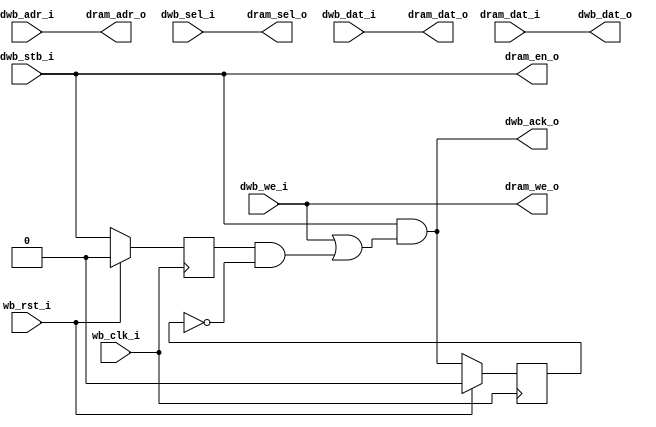
module dcache
  #(parameter AWIDTH=14,
    parameter CWIDTH=6)
    (input wb_clk_i,
     input wb_rst_i,
     
     input [AWIDTH-1:0] dwb_adr_i,
     input dwb_stb_i,
     input dwb_we_i,
     input [3:0] dwb_sel_i,
     input [31:0] dwb_dat_i,
     output [31:0] dwb_dat_o,
     output dwb_ack_o,
     
     input [31:0] dram_dat_i,
     output [31:0] dram_dat_o,
     output [AWIDTH-1:0] dram_adr_o,
     output dram_we_o,
     output dram_en_o,
     output [3:0] dram_sel_o );

   localparam TAGWIDTH = AWIDTH-CWIDTH-2;
   reg 	      stb_d1, ack_d1, miss_d1;
   reg [AWIDTH-1:0] held_addr;
   reg [31:0] 	    ddata [0:(1<<CWIDTH)-1];
   reg [TAGWIDTH-1:0] dtags [0:(1<<CWIDTH)-1];
   reg 		      dvalid [0:(1<<CWIDTH)-1];
   
   wire [CWIDTH-1:0]  rd_line, wr_line;
   wire [TAGWIDTH-1:0] wr_tags;
   wire 	       cache_write, invalidate;
   wire [31:0] 	       wr_data;
   
   // /////////////////////////////////////
   // Write into cache
   integer 	      i;
   always @(posedge wb_clk_i)
     if(wb_rst_i)
       for(i=0;i<(1<<CWIDTH);i=i+1)
	 dvalid[i] <= 0;
     else
       if(invalidate)
	 dvalid[wr_line] <= 1'b0;
       else if(cache_write)
	 dvalid[wr_line] <= 1'b1;
   
   always @(posedge wb_clk_i)
     if(cache_write)
       begin
	  ddata[wr_line] <= wr_data;
	  dtags[wr_line] <= wr_tags;
       end
   
   // //////////////////////////////////////
   // Read from Cache
   wire [TAGWIDTH-1:0] tag_out = dtags[rd_line];
   wire 	       valid_out = dvalid[rd_line];
   wire [31:0] 	       data_out	= ddata[rd_line];
   wire 	       cache_hit = valid_out & (tag_out == dwb_adr_i[AWIDTH-1:CWIDTH+2]);
   wire 	       cache_miss = ~cache_hit;

   // //////////////////////////////////////
   // Handle 1-cycle delay of Block-RAM
   always @(posedge wb_clk_i)
     if(wb_rst_i)
       stb_d1 <= 0;
     else
       stb_d1 <= dwb_stb_i;
   
   always @(posedge wb_clk_i)
     if(wb_rst_i)
       held_addr <= 0;
     else
       held_addr <= dwb_adr_i;
   
   always @(posedge wb_clk_i) 
     if(wb_rst_i)
       ack_d1 <= 1'b0;
     else 
       ack_d1 <= dwb_ack_o;

   always @(posedge wb_clk_i) 
     if(wb_rst_i)
       miss_d1 <= 0;
     else 
       miss_d1 <= cache_miss;

`define DC_NOCACHE
//`define DC_BASIC
//`define DC_FORWARDING_DP
//`define DC_FORWARDING_SP
//`define DC_PREFETCH

`ifdef DC_NOCACHE
   assign 	       dwb_dat_o = dram_dat_i;
   assign 	       dwb_ack_o = dwb_stb_i & (dwb_we_i | (stb_d1 & ~ack_d1));
   assign 	       dram_adr_o = dwb_adr_i;
   assign 	       dram_en_o = dwb_stb_i;
   assign 	       dram_dat_o = dwb_dat_i;
   assign 	       dram_we_o = dwb_we_i;
   assign 	       dram_sel_o = dwb_sel_i;	       
   assign 	       rd_line = 0;
   assign 	       wr_line = 0;
   assign 	       wr_tags = 0;
   assign 	       wr_data = 0;
   assign 	       cache_write = 0;
   assign 	       invalidate = 0; 	       
`endif
   
`ifdef DC_BASIC    // Very basic, no forwarding, 2 wait states on miss
   assign 	       dwb_dat_o = data_out;
   assign 	       dwb_ack_o = dwb_stb_i & cache_hit;
   assign 	       dram_adr_o = dwb_adr_i;
   assign 	       dram_en_o = dwb_stb_i;
   assign 	       dram_dat_o = dwb_dat_i;
   assign 	       dram_we_o = dwb_we_i;
   assign 	       dram_sel_o = dwb_sel_i;	       
   assign 	       rd_line = dwb_adr_i[CWIDTH+1:2];
   assign 	       wr_line = rd_line;
   assign 	       wr_tags = dwb_adr_i[AWIDTH-1:CWIDTH+2];
   assign 	       wr_data = dwb_we_i ? dwb_dat_i : dram_dat_i;
   assign 	       cache_write = dwb_stb_i & (dwb_we_i | (stb_d1 & miss_d1));
   assign 	       invalidate = dwb_we_i & ~(&dwb_sel_i);
`endif
   
`ifdef DC_FORWARDING_DP   // Simple forwarding, 1 wait state on miss, dual-port ram
   assign 	       dwb_dat_o = cache_hit ? data_out : dram_dat_i;
   assign 	       dwb_ack_o = dwb_stb_i & (cache_hit | (stb_d1 & ~ack_d1));
   assign 	       dram_adr_o = dwb_adr_i;
   assign 	       dram_en_o = 1'b1;
   assign 	       dram_dat_o = dwb_dat_i;
   assign 	       dram_we_o = dwb_we_i;
   assign 	       dram_sel_o = dwb_sel_i;	       
   assign 	       rd_line = dwb_adr_i[CWIDTH+1:2];
   assign 	       wr_line = held_addr[CWIDTH+1:2];
   assign 	       wr_tags = held_addr[AWIDTH-1:CWIDTH+2];	       
   assign 	       wr_data = dram_dat_i;
   assign 	       cache_write = dwb_stb_i & stb_d1 & miss_d1 & ~ack_d1;
   assign 	       invalidate = 0; 	       
`endif

`ifdef DC_FORWARDING_SP   // Simple forwarding, 1 wait state on miss, single-port ram
   assign 	       dwb_dat_o = cache_hit ? data_out : dram_dat_i;
   assign 	       dwb_ack_o = dwb_stb_i & (cache_hit | (stb_d1 & ~ack_d1));
   assign 	       dram_adr_o = dwb_adr_i;
   assign 	       dram_en_o = 1'b1;
   assign 	       dram_dat_o = dwb_dat_i;
   assign 	       dram_we_o = dwb_we_i;
   assign 	       dram_sel_o = dwb_sel_i;	       
   assign 	       rd_line = dwb_adr_i[CWIDTH+1:2];
   assign 	       wr_line = rd_line;
   assign 	       wr_tags = dwb_adr_i[AWIDTH-1:CWIDTH+2];
   assign 	       wr_data = dram_dat_i;
   assign 	       cache_write = dwb_stb_i & stb_d1 & miss_d1 & ~ack_d1;
   assign 	       invalidate = 0; 	       
`endif

`ifdef DC_PREFETCH   // Forwarding plus prefetch

`endif
   
   
endmodule